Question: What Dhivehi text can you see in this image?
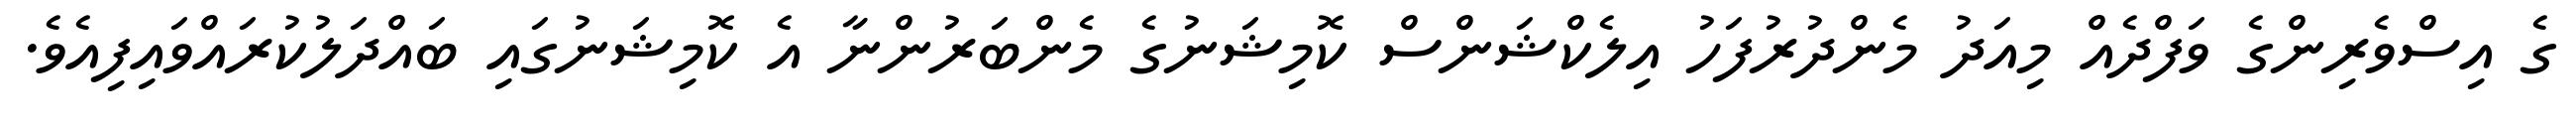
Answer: ގެ އިސްވެރިންގެ ވަފްދެއް މިއަދު މެންދުރުފަހު އިލެކްޝަންސް ކޮމިޝަނުގެ މެންބަރުންނާ އެ ކޮމިޝަނުގައި ބައްދަލުކުރައްވައިފިއެވެ.